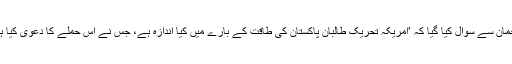
ترجمان سے سوال کیا گیا کہ ’امریکہ تحریکِ طالبان پاکستان کی طاقت کے بارے میں کیا اندازہ ہے، جس نے اِس حملے کا دعویٰ کیا ہے؟